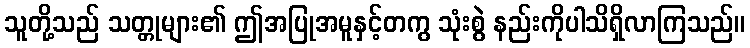
သူတို့သည် သတ္တုများ၏ ဤအပြုအမူနှင့်တကွ သုံးစွဲ နည်းကိုပါသိရှိလာကြသည်။